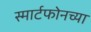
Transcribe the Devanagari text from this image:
स्मार्टफोनच्या